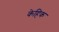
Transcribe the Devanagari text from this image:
केहिक